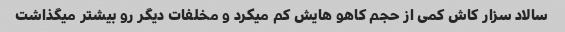
سالاد سزار کاش کمی از حجم کاهو هایش کم میکرد و مخلفات دیگر رو بیشتر میگذاشت